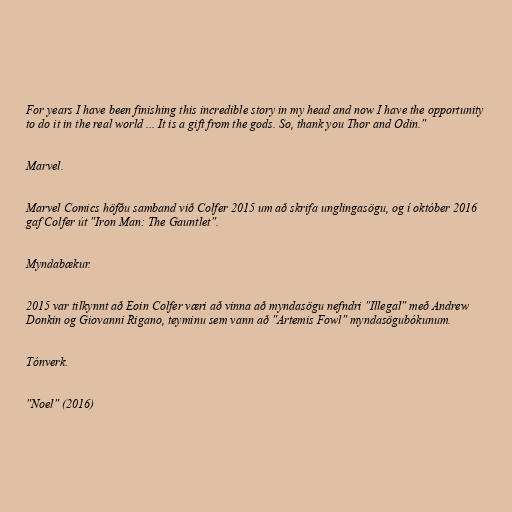
For years I have been finishing this incredible story in my head and now I have the opportunity
to do it in the real world ... It is a gift from the gods. So, thank you Thor and Odin."

Marvel.

Marvel Comics höfðu samband við Colfer 2015 um að skrifa unglingasögu, og í október 2016
gaf Colfer út "Iron Man: The Gauntlet".

Myndabækur.

2015 var tilkynnt að Eoin Colfer væri að vinna að myndasögu nefndri "Illegal" með Andrew
Donkin og Giovanni Rigano, teyminu sem vann að "Artemis Fowl" myndasögubókunum.

Tónverk.

"Noel" (2016)